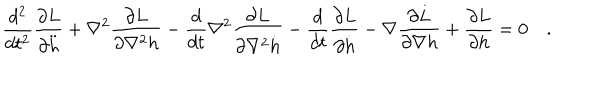
LaTeX: \frac { d ^ { 2 } } { d t ^ { 2 } } \frac { \partial L } { \partial \ddot { h } } + \nabla ^ { 2 } \frac { \partial L } { \partial \nabla ^ { 2 } h } - \frac { d } { d t } \nabla ^ { 2 } \frac { \partial L } { \partial \nabla ^ { 2 } \dot { h } } - \frac { d } { d t } \frac { \partial L } { \partial \dot { h } } - \nabla \frac { \partial L } { \partial \nabla h } + \frac { \partial L } { \partial h } = 0 \quad .